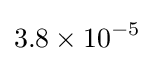
3.8\times 10^{-5}